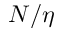
N / \eta